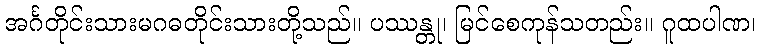
အင်္ဂတိုင်းသားမဂဓတိုင်းသားတို့သည်။ ပဿန္တု၊ မြင်စေကုန်သတည်း။ ဂူထပါဏ၊